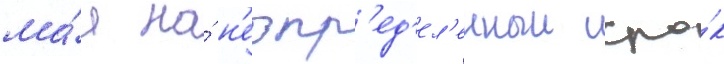
ма́я на́ н'еопр'ед'ел'енныи сро́к